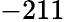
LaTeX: -211